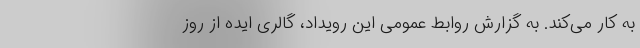
به کار می‌کند. به گزارش روابط عمومی این رویداد، گالری ایده از روز